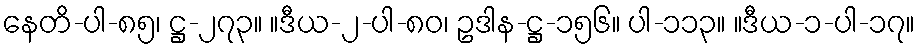
နေတိ-ပါ-၈၅၊ ဋ္ဌ-၂၇၃။ ။ဒီယ-၂-ပါ-၈၀၊ ဥဒါန-ဋ္ဌ-၁၅၆။ ပါ-၁၁၃။ ။ဒီယ-၁-ပါ-၁၇။